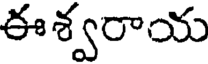
ఈశ్వరాయ